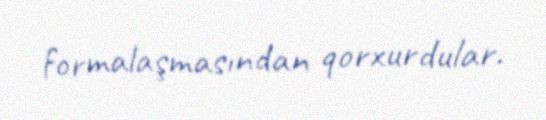
formalaşmasından qorxurdular.